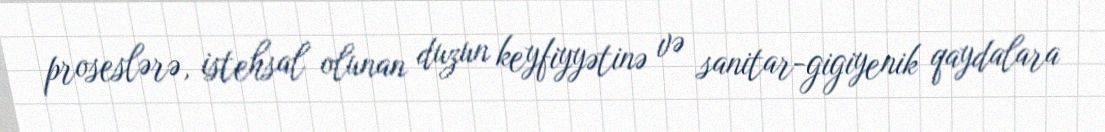
proseslərə, istehsal olunan duzun keyfiyyətinə və sanitar-gigiyenik qaydalara